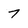
Character: 7